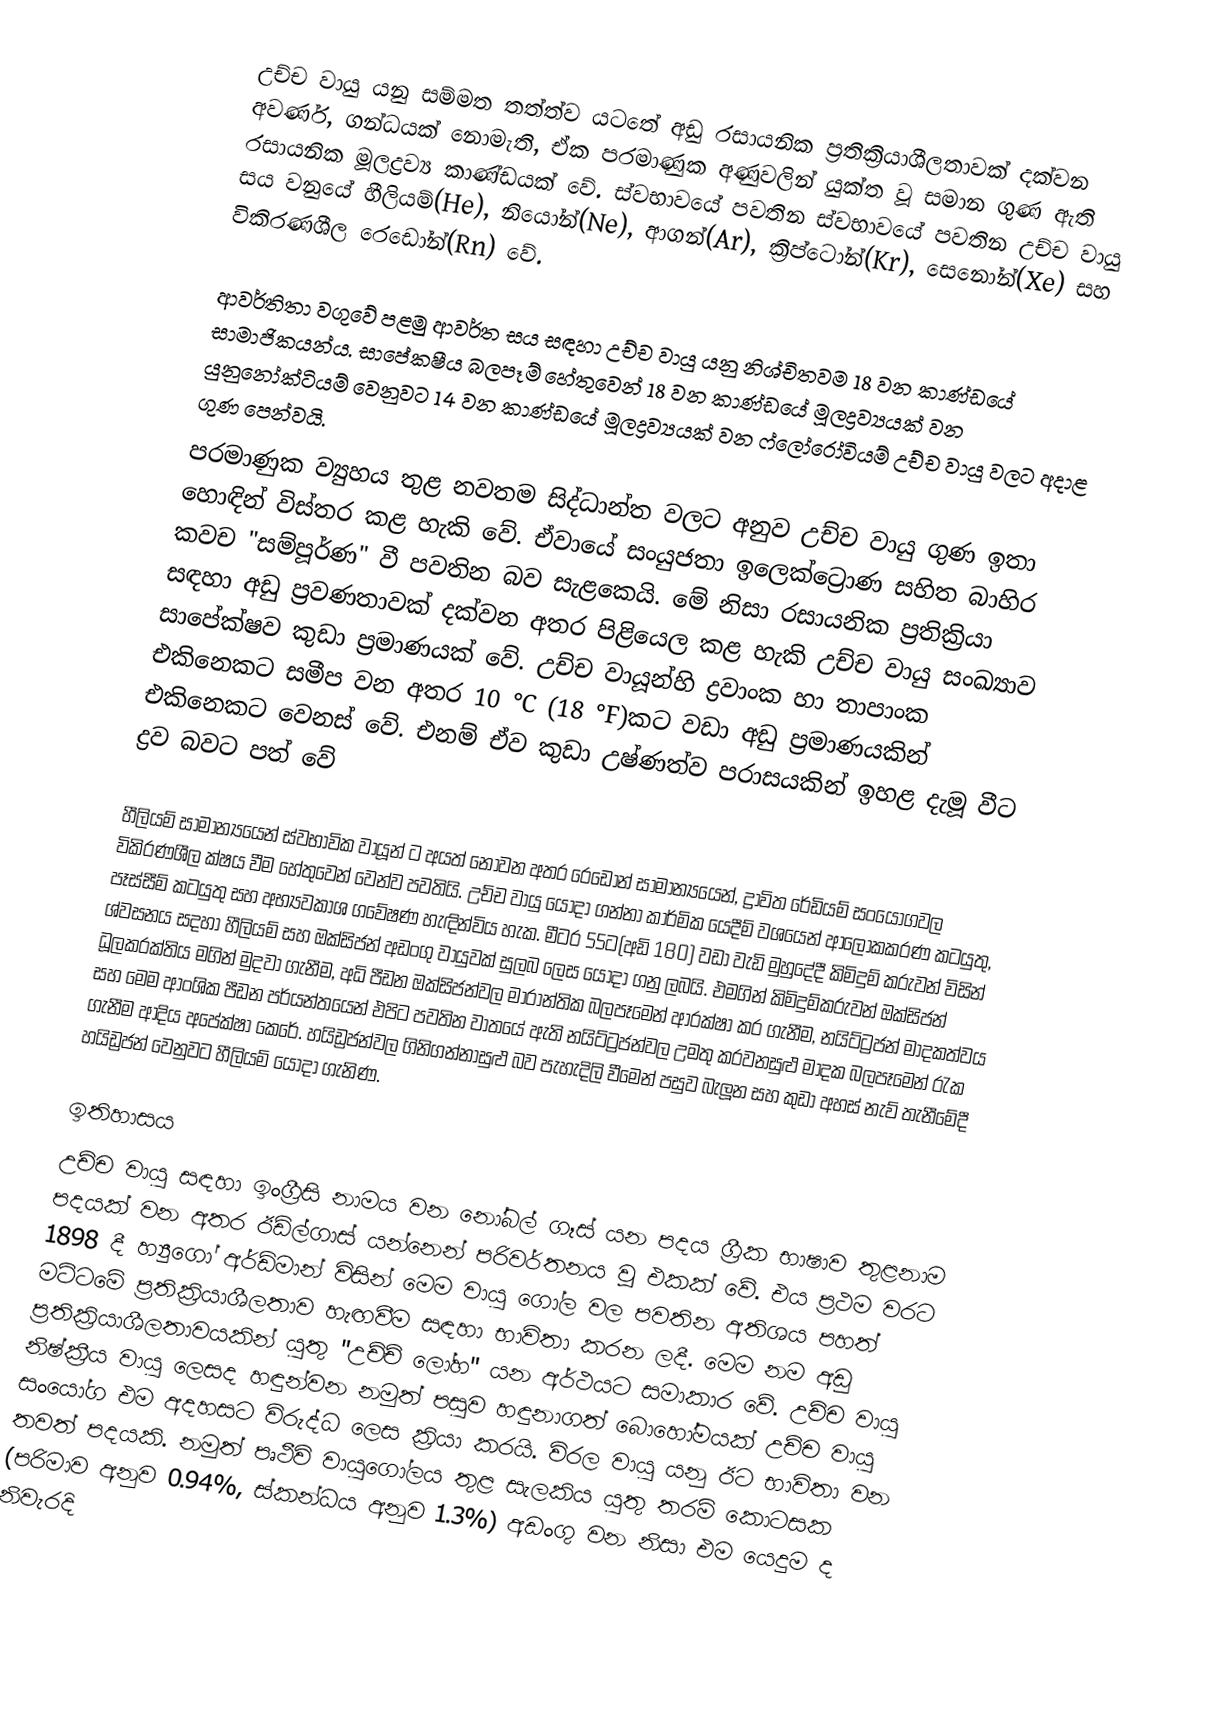
උච්ච වායු යනු සම්මත තත්ත්ව යටතේ අඩු රසායනික ප්‍රතික්‍රියාශීලතාවක් දක්වන අවර්ණ, ගන්ධයක් නොමැති, ඒක පරමාණුක අණුවලින් යුක්ත වූ සමාන ගුණ ඇති රසායනික මූලද්‍රව්‍ය කාණ්ඩයක් වේ. ස්වභාවයේ පවතින ස්වභාවයේ පවතින උච්ච වායු සය වනුයේ හීලියම්(He), නියෝන්(Ne), ආගන්(Ar), ක්‍රිප්ටෝන්(Kr), සෙනෝන්(Xe) සහ විකිරණශීල රෙඩෝන්(Rn) වේ.

ආවර්තිතා වගුවේ පළමු ආවර්ත සය සඳහා උච්ච වායු යනු නිශ්චිතවම 18 වන කාණ්ඩයේ සාමාජිකයන්ය. සාපේකෂීය බලපෑම් හේතුවෙන් 18 වන කාණ්ඩයේ මූලද්‍රව්‍යයක් වන යුනුනෝක්ටියම් වෙනුවට 14 වන කාණ්ඩයේ මූලද්‍රව්‍යයක් වන ෆ්ලෝරෝවියම් උච්ච වායු වලට අදාළ ගුණ පෙන්වයි.
පරමාණුක ව්‍යුහය  තුළ නවතම සිද්ධාන්ත වලට අනුව උච්ච වායු ගුණ ඉතා හොඳින් විස්තර කළ හැකි වේ. ඒවායේ සංයුජතා ඉලෙක්ට්‍රොණ සහිත බාහිර කවච "සම්පූර්ණ" වී පවතින බව සැළකෙයි. මේ නිසා රසායනික ප්‍රතික්‍රියා සඳහා අඩු ප්‍රවණතාවක් දක්වන අතර පිළියෙල කළ හැකි උච්ච වායු සංඛ්‍යාව සාපේක්ෂව කුඩා ප්‍රමාණයක් වේ. උච්ච වායූන්හි ද්‍රවාංක හා තාපාංක එකිනෙකට සමීප වන අතර 10 °C (18 °F)කට වඩා අඩු  ප්‍රමාණයකින් එකිනෙකට වෙනස් වේ. එනම් ඒව කුඩා උෂ්ණත්ව පරාසයකින් ඉහළ දැමූ වීට ද්‍රව බවට පත් වේ

හීලියම් සාමාන්‍යයෙන් ස්වභාවික වායූන් ට අයත් නොවන අතර රෙඩෝන් සාමාන්‍යයෙන්, ද්‍රාවිත රේඩියම් සංයෝගවල විකිරණශීල ක්ෂය වීම හේතුවෙන් වෙන්ව පවතියි. උච්ච වායු යොදා ගන්නා කාර්මික යෙදීම් වශයෙන් ආලෝකකරණ කටයුතු, පෑස්සීම් කටයුතු සහ අභ්‍යවකාශ ගවේෂණ හැඳින්විය හැක. මීටර 55ට(අඩි 180) වඩා වැඩි මුහුදේදී කිමිදුම් කරුවන් විසින් ශ්වසනය සදහා හීලියම් සහ ඔක්සිජන් අඩංගු වායුවක් සුලබ ලෙස යොදා ගනු ලබයි. එමගින් කිමිදුම්කරුවන් ඔක්සිජන් ධූලකරක්තිය  මගින් මුදවා ගැනීම, අධි පීඩන ඔක්සිජන්වල මාරාන්තික බලපෑමෙන් ආරක්ෂා කර ගැනීම, නයිට්ට්‍රජන් මාදකත්වය සහ මෙම ආංශික පීඩන පර්යන්තයෙන් එපිට පවතින වාතයේ ඇති නයිට්ට්‍රජන්වල උමතු කරවනසුළු මාදක බලපෑමෙන් රැක ගැනීම ආදිය අපේක්ෂා කෙරේ. හයිඩ්‍රජන්වල ගිනිගන්නාසුළු බව පැහැදිලි වීමෙන් පසුව බැලූන සහ කුඩා අහස් නැව් තැනීමේදී හයිඩ්‍රජන් වෙනුවට හීලියම් යොදා ගැනිණ.

ඉතිහාසය
උච්ච වායු සඳහා ඉංග්‍රීසි නාමය වන නෝබල් ගෑස් යන පදය ග්‍රීක භාෂා‍‍‍ව   තුළනාම පදයක් වන අතර ඊඩ්ල්ගාස් යන්නෙන් පරිවර්තනය වූ එකක් වේ. එය ප්‍රථම වරට 1898 දී හ්‍යුගෝ අර්ඩ්මාන්  විසින් මෙම වායු ගෝල වල පවතින අතිශය පහත් මට්ටමේ ප්‍රතික්‍රියාශීලතාව හැඟවීම සඳහා භාවිතා කරන ලදී. මෙම නම අඩු ප්‍රතික්‍රියාශීලතාවයකින් යුතු "උච්ච් ලෝහ" යන අර්ථයට සමාකාර වේ. උච්ච වායු නිෂ්ක්‍රීය වායු ලෙසද හඳුන්වන නමුත් පසුව හඳුනාගත් බොහෝමයක් උච්ච වායු සංයෝග එම අදහසට විරුද්ධ ලෙස ක්‍රියා කරයි. විරල වායු යනු ඊට භාවිතා වන තවත් පදයකි. නමුත්  පෘථීවි වායුගෝලය  තුළ සැලකිය යුතු තරම් කොටසක (පරිමාව අනුව 0.94%, ස්කන්ධය අනුව 1.3%) අඩංගු වන නිසා එම යෙදුම ද නිවැරදි